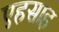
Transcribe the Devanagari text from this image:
एहसाह